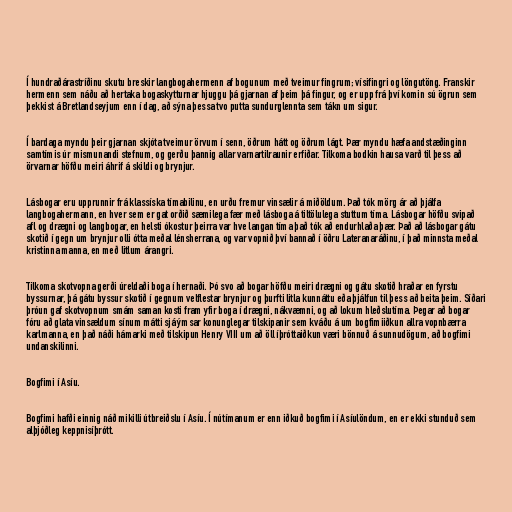
Í hundraðárastríðinu skutu breskir langbogahermenn af bogunum með tveimur fingrum; vísifingri og löngutöng. Franskir
hermenn sem náðu að hertaka bogaskytturnar hjuggu þá gjarnan af þeim þá fingur, og er upp frá því komin sú ögrun sem
þekkist á Bretlandseyjum enn í dag, að sýna þessa tvo putta sundurglennta sem tákn um sigur.

Í bardaga myndu þeir gjarnan skjóta tveimur örvum í senn, öðrum hátt og öðrum lágt. Þær myndu hæfa andstæðinginn
samtímis úr mismunandi stefnum, og gerðu þannig allar varnartilraunir erfiðar. Tilkoma bodkin hausa varð til þess að
örvarnar höfðu meiri áhrif á skildi og brynjur.

Lásbogar eru upprunnir frá klassíska tímabilinu, en urðu fremur vinsælir á miðöldum. Það tók mörg ár að þjálfa
langbogahermann, en hver sem er gat orðið sæmilega fær með lásboga á tiltölulega stuttum tíma. Lásbogar höfðu svipað
afl og drægni og langbogar, en helsti ókostur þeirra var hve langan tíma það tók að endurhlaða þær. Það að lásbogar gátu
skotið í gegn um brynjur olli ótta meðal lénsherrana, og var vopnið því bannað í öðru Lateranaráðinu, í það minnsta meðal
kristinna manna, en með litlum árangri.

Tilkoma skotvopna gerði úreldaði boga í hernaði. Þó svo að bogar höfðu meiri drægni og gátu skotið hraðar en fyrstu
byssurnar, þá gátu byssur skotið í gegnum velflestar brynjur og þurfti litla kunnáttu eða þjálfun til þess að beita þeim. Síðari
þróun gaf skotvopnum smám saman kosti fram yfir boga í drægni, nákvæmni, og að lokum hleðslutíma. Þegar að bogar
fóru að glata vinsældum sínum mátti sjá ýmsar konunglegar tilskipanir sem kváðu á um bogfimiiðkun allra vopnbærra
karlmanna, en það náði hámarki með tilskipun Henry VIII um að öll íþróttaiðkun væri bönnuð á sunnudögum, að bogfimi
undanskilinni.

Bogfimi í Asíu.

Bogfimi hafði einnig náð mikilli útbreiðslu í Asíu. Í nútímanum er enn iðkuð bogfimi í Asíulöndum, en er ekki stunduð sem
alþjóðleg keppnisíþrótt.